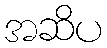
အဆိပ